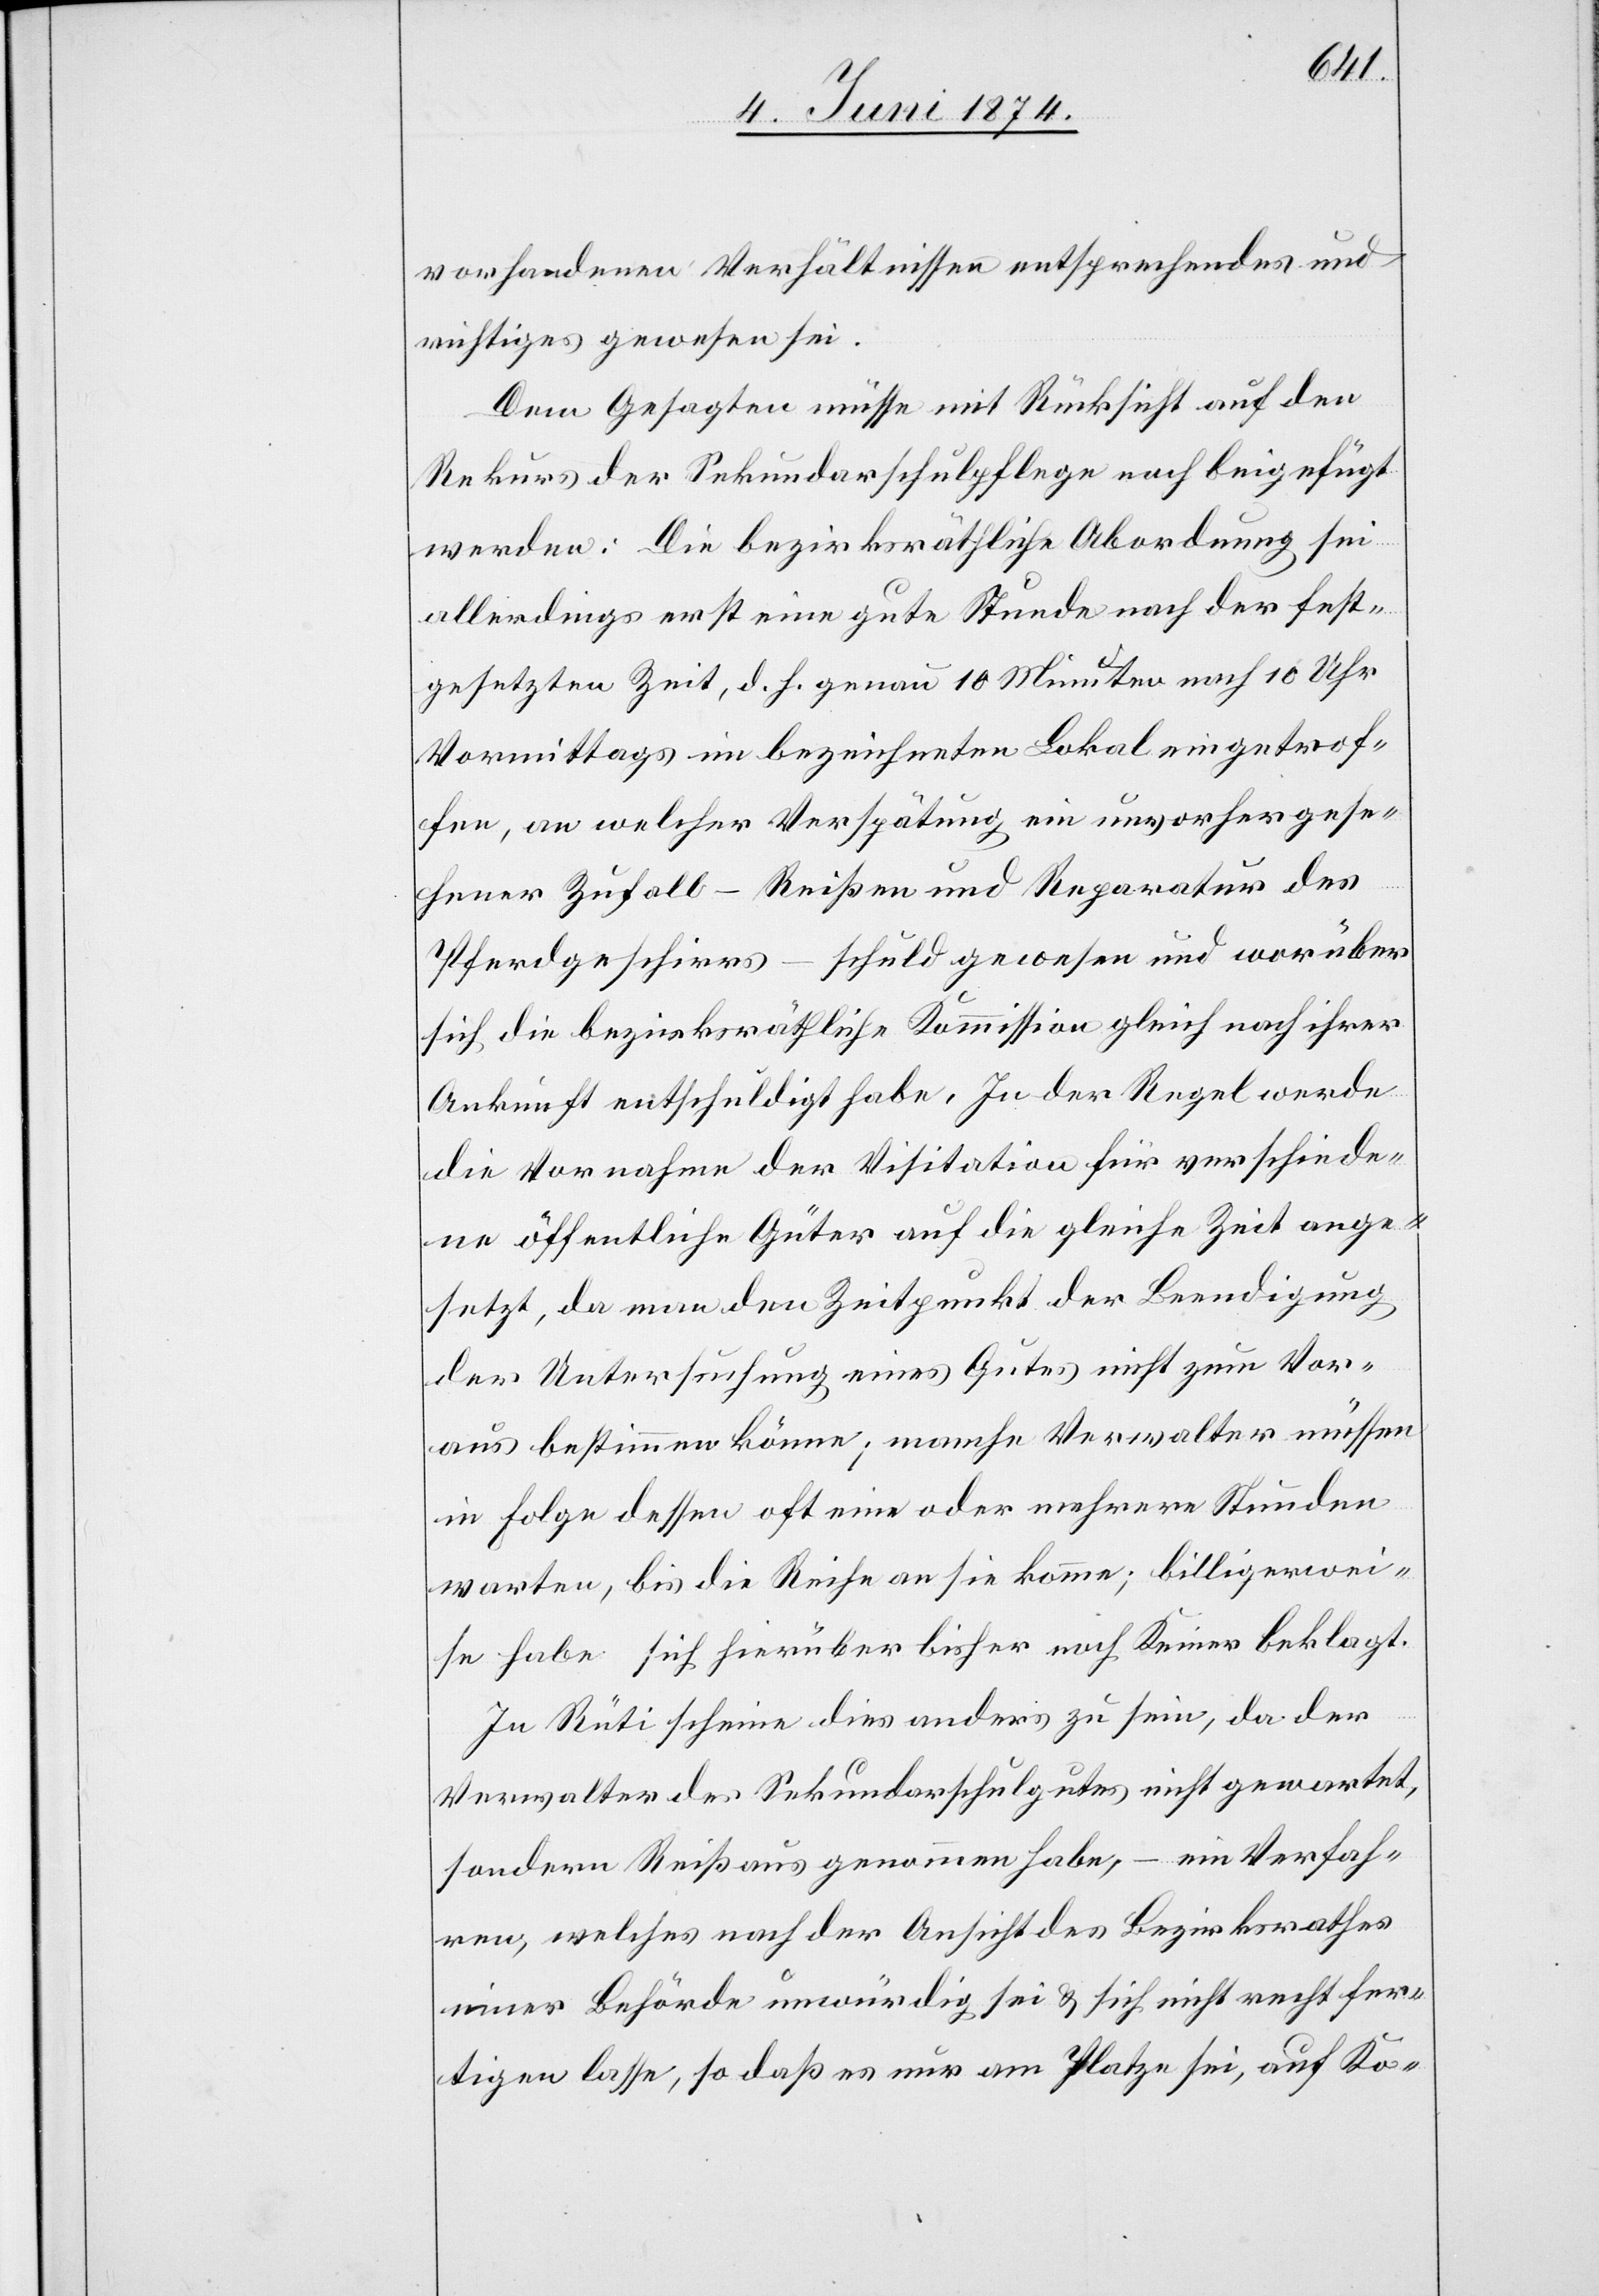
vorhandenen Verhältnissen entsprechendes und
richtiges gewesen sei.
Dem Gesagten müsse mit Rücksicht auf den
Rekurs der Sekundarschulpflege noch beigefügt
werden: Die bezirksräthliche Abordnung sei
allerdings erst eine gute Stunde nach der fest¬
gesetzten Zeit, d. h. genau 10 Minuten nach 10 Uhr
Vormittags im bezeichneten Lokal eingetrof¬
fen, an welcher Verspätung ein unvorhergese¬
hener Zufall – Reißen und Reparatur des
Pferdgeschirrs – schuld gewesen und worüber
sich die bezirksräthliche Kommission gleich nach ihrer
Ankunft entschuldigt habe. In der Regel werde
die Vornahme der Visitation für verschiede¬
ne öffentliche Güter auf die gleiche Zeit ange¬
setzt, da man den Zeitpunkt der Beendigung
der Untersuchung eines Gutes nicht zum Vor¬
aus bestimmen könne; manche Verwalter müssen
in Folge dessen oft eine oder mehrere Stunden
warten, bis die Reihe an sie komme; billigerwei¬
se habe sich hierüber bisher noch keiner beklagt.
In Rüti scheine dies anders zu sein, da der
Verwalter des Sekundarschulgutes nicht gewartet,
sondern Reißaus genommen habe, – ein Verfah¬
ren, welches nach der Ansicht des Bezirksrathes
einer Behörde unwürdig sei u. sich nicht rechtfer¬
tigen lasse, so daß es nur am Platze sei, auf Ko-